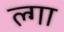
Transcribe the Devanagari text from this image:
ल्गा